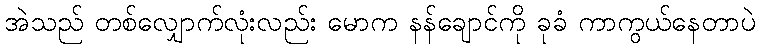
အဲသည် တစ်လျှောက်လုံးလည်း မောက နန်ချောင်ကို ခုခံ ကာကွယ်နေတာပဲ